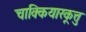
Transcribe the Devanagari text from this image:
चाक्कियारकूत्तु